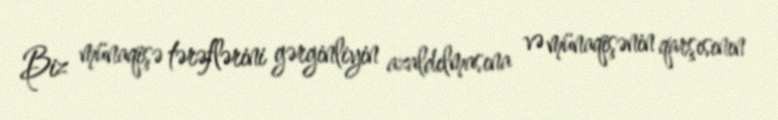
Biz münaqişə tərəflərini gərginliyin azaldılmasına və münaqişənin qarşısının